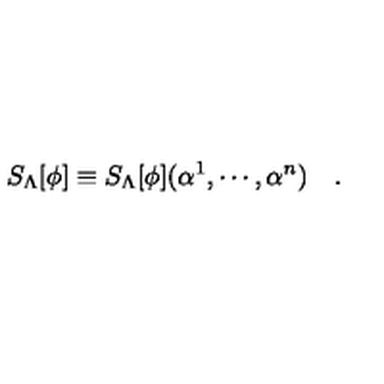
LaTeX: S _ { \Lambda } [ \phi ] \equiv S _ { \Lambda } [ \phi ] ( \alpha ^ { 1 } , \cdots , \alpha ^ { n } ) \quad .